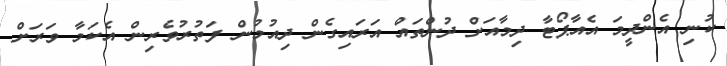
ކުނި އެންދީމަ އެއާޕޯޓާ ދިމާއަށް ދުންތައް އަރައިގެން ދިއުމުން ފަތުރުވެރިން އެކަމާ ވަރަށް